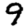
Digit: 9